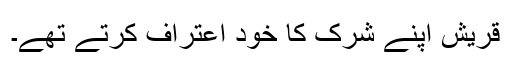
قریش اپنے شرک کا خود اعتراف کرتے تھے۔